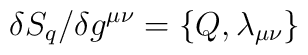
\delta S_q / \delta g^{\mu\nu} = \{Q, \lambda_{\mu\nu}\}